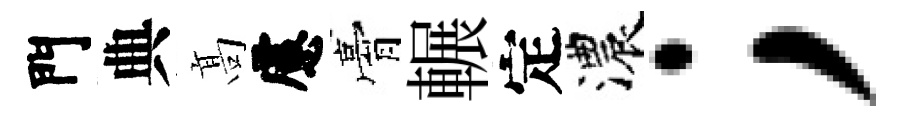
門典髙慮膏輾定濃；